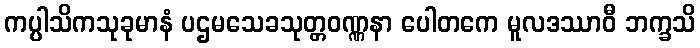
ကပ္ပါသိကသုခုမာနံ ပဌမသေခသုတ္တဝဏ္ဏနာ ပေါတကေ မူလဒဿာဝီ ဘက္ခသိ